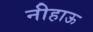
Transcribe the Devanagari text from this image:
नीहाऊ